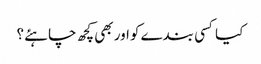
کیا کسی بندے کواور بھی کچھ چاہئے؟